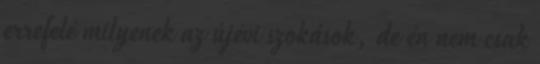
errefelé milyenek az újévi szokások, de én nem csak